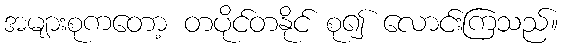
အများစုကတော့ တပိုင်တနိုင် စု၍ လောင်းကြသည်။